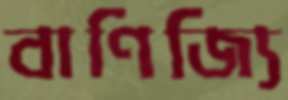
বাণিজ্যি